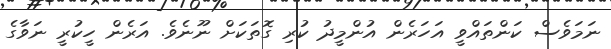
ނަމަވެސް ކަންތައްވީ އަހަރެން އުންމީދު ކުރި ގޮތަކަށް ނޫނެވެ. އަަރެން ހީކުރީ ނަވާގެ